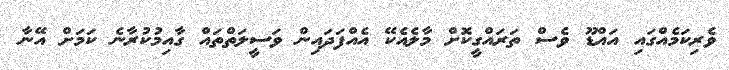
ވެރިކަމެއްގައި އައްޑޫ ވެސް ތަރައްގީކޮށް މާލެއެކޭ އެއްފަދައިން ވަސީލަތްތައް ގާއިމުކުރާނެ ކަމަށް އޭނާ